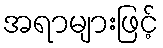
အရာများဖြင့်